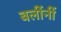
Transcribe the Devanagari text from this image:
बलींनीं